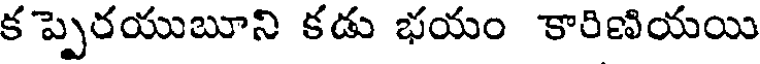
క ప్పెరయుబూని కడు భయం కారిణియయి